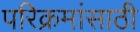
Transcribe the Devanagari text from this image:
परिक्रमांसाठी